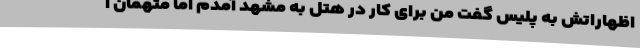
اظهاراتش به پلیس گفت من برای کار در هتل به مشهد آمدم اما متهمان آ